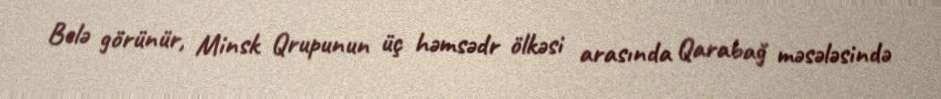
Belə görünür, Minsk Qrupunun üç həmsədr ölkəsi arasında Qarabağ məsələsində